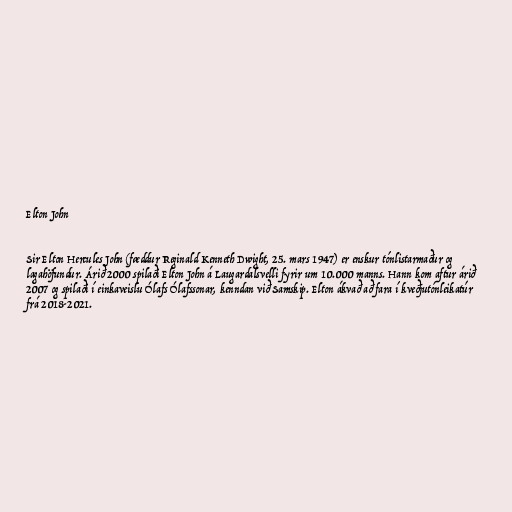
Elton John

Sir Elton Hercules John (fæddur Reginald Kenneth Dwight, 25. mars 1947) er enskur tónlistarmaður og
lagahöfundur. Árið 2000 spilaði Elton John á Laugardalsvelli fyrir um 10.000 manns. Hann kom aftur árið
2007 og spilaði í einkaveislu Ólafs Ólafssonar, kenndan við Samskip. Elton ákvað að fara í kveðjutónleikatúr
frá 2018-2021.